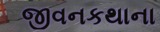
જીવનકથાના